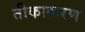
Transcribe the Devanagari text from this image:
तीकाकरण